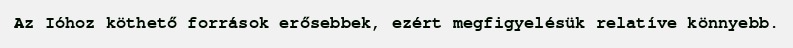
Az Ióhoz köthető források erősebbek, ezért megfigyelésük relatíve könnyebb.